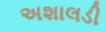
અશાલડી